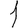
Digit: 1